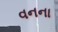
વનના